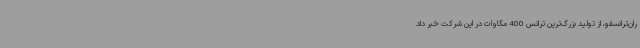
ران‌ترانسفو، از تولید بزرگ‌ترین ترانس 400 مگاوات در این شرکت خبر داد